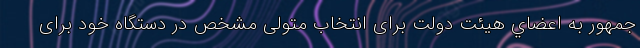
جمهور به اعضاي هيئت دولت براى انتخاب متولى مشخص در دستگاه خود براى